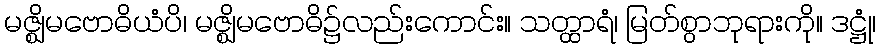
မဇ္ဈိမဗောဓိယံပိ၊ မဇ္ဈိမဗောဓိ၌လည်းကောင်း။ သတ္ထာရံ၊ မြတ်စွာဘုရားကို။ ဒဋ္ဌုံ၊